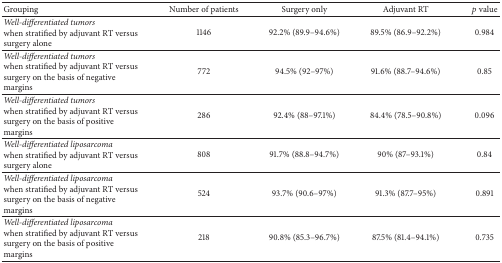
<table><thead><tr><td><b>Grouping</b></td><td><b>Number of patients</b></td><td><b>Surgery only</b></td><td><b>Adjuvant RT</b></td><td><b><i>p</i> value</b></td></tr></thead><tbody><tr><td><i>Well-differentiated tumors</i> when stratified by adjuvant RT versus surgery alone</td><td>1146</td><td>92.2% (89.9–94.6%)</td><td>89.5% (86.9–92.2%)</td><td>0.984</td></tr><tr><td><i>Well-differentiated tumors</i> when stratified by adjuvant RT versus surgery on the basis of negative margins</td><td>772</td><td>94.5% (92–97%)</td><td>91.6% (88.7–94.6%)</td><td>0.85</td></tr><tr><td><i>Well-differentiated tumors</i> when stratified by adjuvant RT versus surgery on the basis of positive margins</td><td>286</td><td>92.4% (88–97.1%)</td><td>84.4% (78.5–90.8%)</td><td>0.096</td></tr><tr><td><i>Well-differentiated liposarcoma</i> when stratified by adjuvant RT versus surgery alone</td><td>808</td><td>91.7% (88.8–94.7%)</td><td>90% (87–93.1%)</td><td>0.84</td></tr><tr><td><i>Well-differentiated liposarcoma</i> when stratified by adjuvant RT versus surgery on the basis of negative margins</td><td>524</td><td>93.7% (90.6–97%)</td><td>91.3% (87.7–95%)</td><td>0.891</td></tr><tr><td><i>Well-differentiated liposarcoma</i> when stratified by adjuvant RT versus surgery on the basis of positive margins</td><td>218</td><td>90.8% (85.3–96.7%)</td><td>87.5% (81.4–94.1%)</td><td>0.735</td></tr></tbody></table>